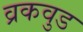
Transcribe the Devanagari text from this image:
व्रकवुड